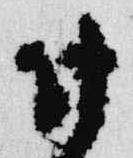
付